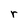
Character: r